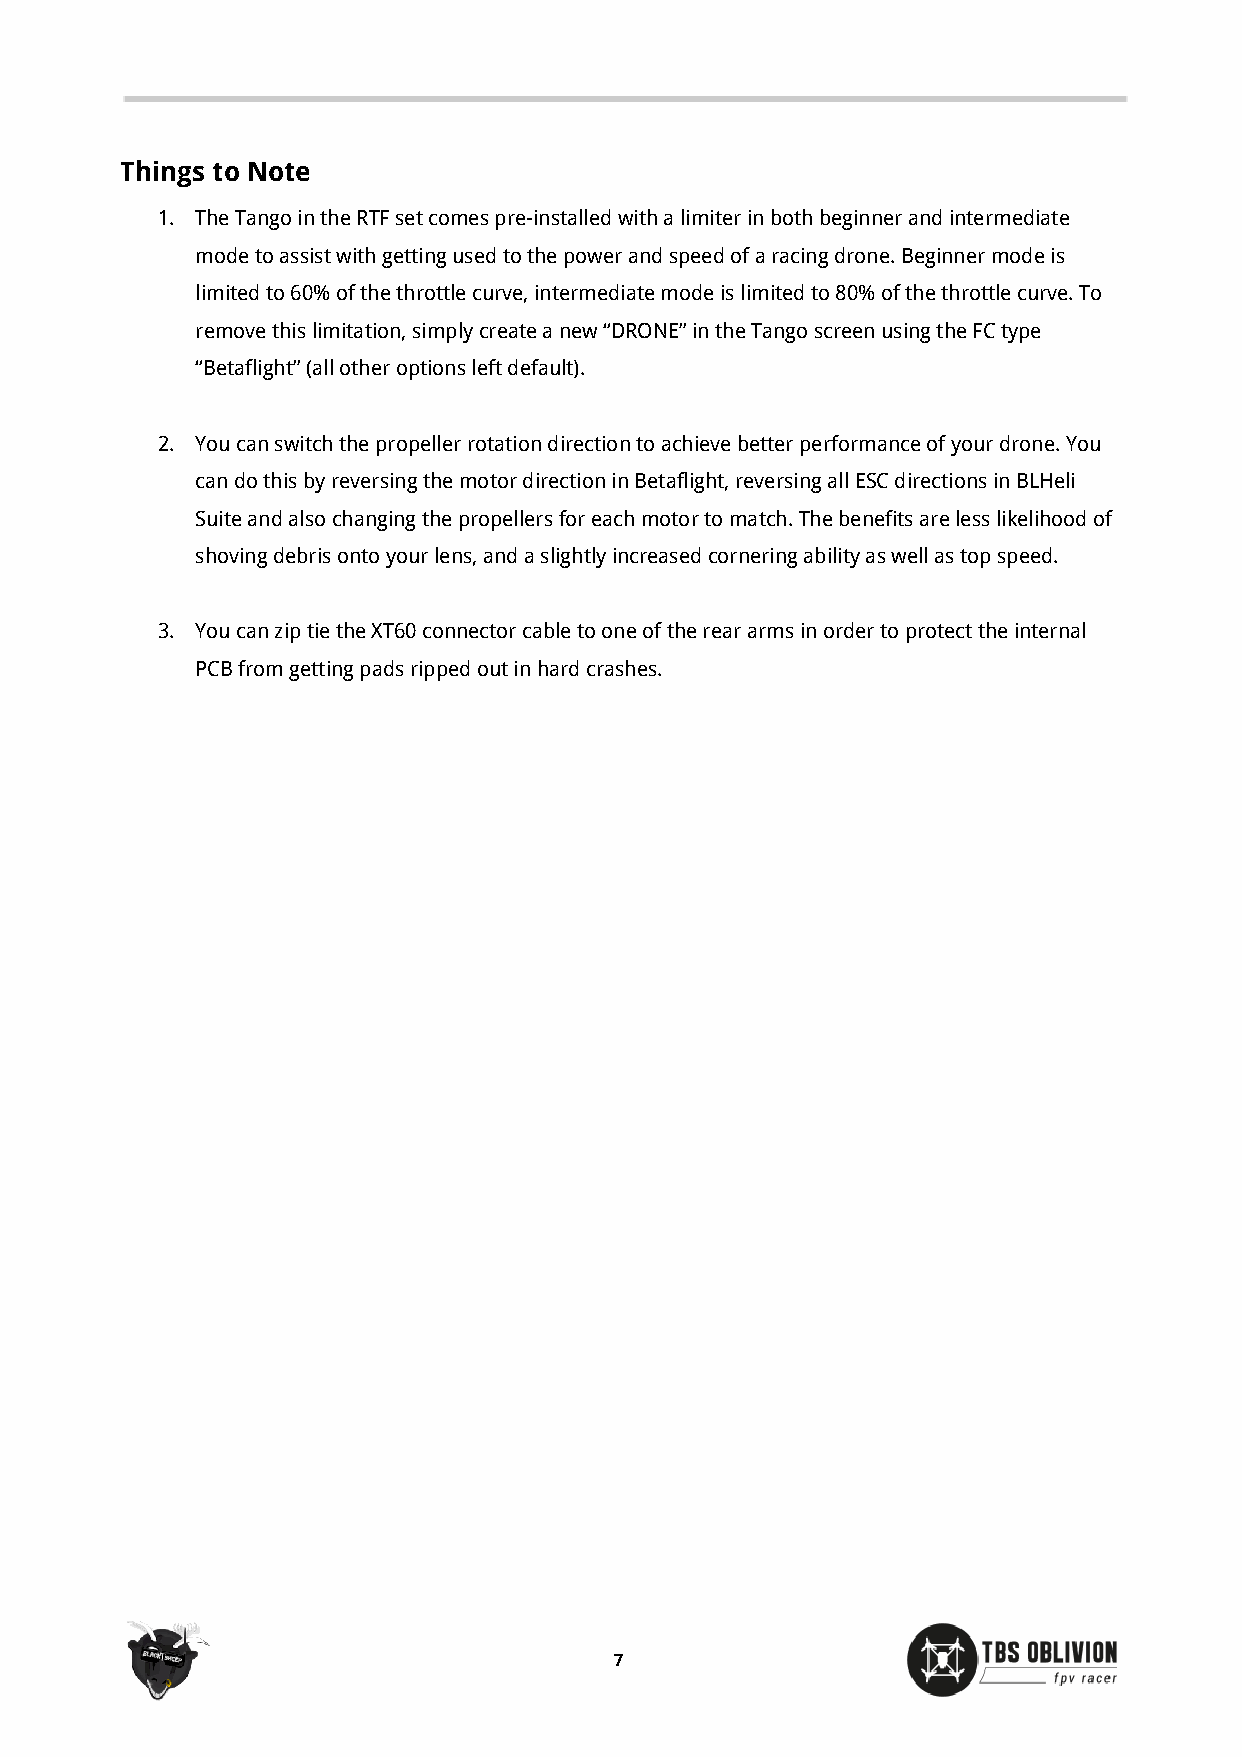
Things to Note
 1. The Tango in the RTF set comes pre-installed with a limiter in both beginner and intermediate
 mode to assist with getting used to the power and speed of a racing drone. Beginner mode is
 limited to 60% of the throttle curve, intermediate mode is limited to 80% of the throttle curve. To
 remove this limitation, simply create a new “DRONE” in the Tango screen using the FC type
 “Betaflight” (all other options left default).
 2. You can switch the propeller rotation direction to achieve better performance of your drone. You
 can do this by reversing the motor direction in Betaflight, reversing all ESC directions in BLHeli
 Suite and also changing the propellers for each motor to match. The benefits are less likelihood of
 shoving debris onto your lens, and a slightly increased cornering ability as well as top speed.
 3. You can zip tie the XT60 connector cable to one of the rear arms in order to protect the internal
 PCB from getting pads ripped out in hard crashes.
 7